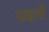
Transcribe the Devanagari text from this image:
फहरते